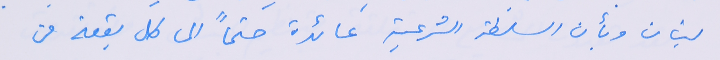
لبنان وبأن السلطة الشرعية عائدة حتماً الى كل بقعة من